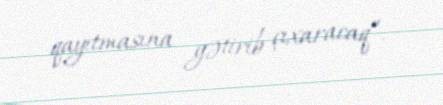
qayıtmasına gətirib çıxaracaq”.